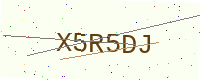
Text: X5R5DJ